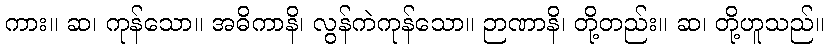
ကား။ ဆ၊ ကုန်သော။ အဓိကာနိ၊ လွန်ကဲကုန်သော။ ဉာဏာနိ၊ တို့တည်း။ ဆ၊ တို့ဟူသည်။